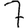
Digit: 7